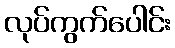
လုပ်ကွက်ပေါင်း